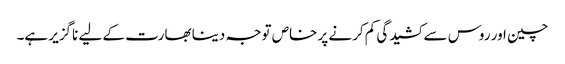
چین اور روس سے کشیدگی کم کرنے پر خاص توجہ دینا بھارت کے لیے ناگزیر ہے۔